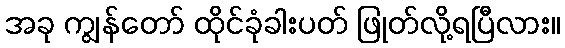
အခု ကျွန်တော် ထိုင်ခုံခါးပတ် ဖြုတ်လို့ရပြီလား။